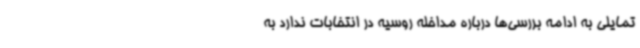
تمایلی به ادامه بررسی‌ها درباره مداخله روسیه در انتخابات ندارد به